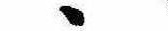
ゝ